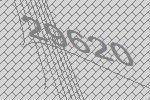
29620